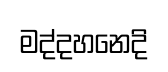
මද්දහනෙදි